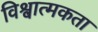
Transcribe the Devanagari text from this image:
विश्वात्मकता